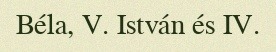
Béla, V. István és IV.